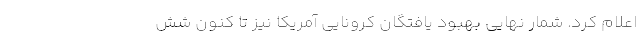
اعلام کرد. شمار نهایی بهبود یافتگان کرونایی آمریکا نیز تا کنون شش